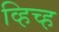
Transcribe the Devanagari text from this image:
व्हिच्ह